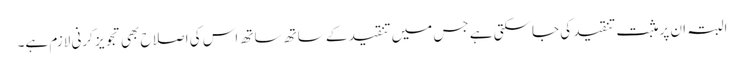
البتہ ان پر مثبت تنقید کی جاسکتی ہے جس میں تنقید کے ساتھ ساتھ اس کی اصلاح بھی تجویز کرنی لازم ہے۔